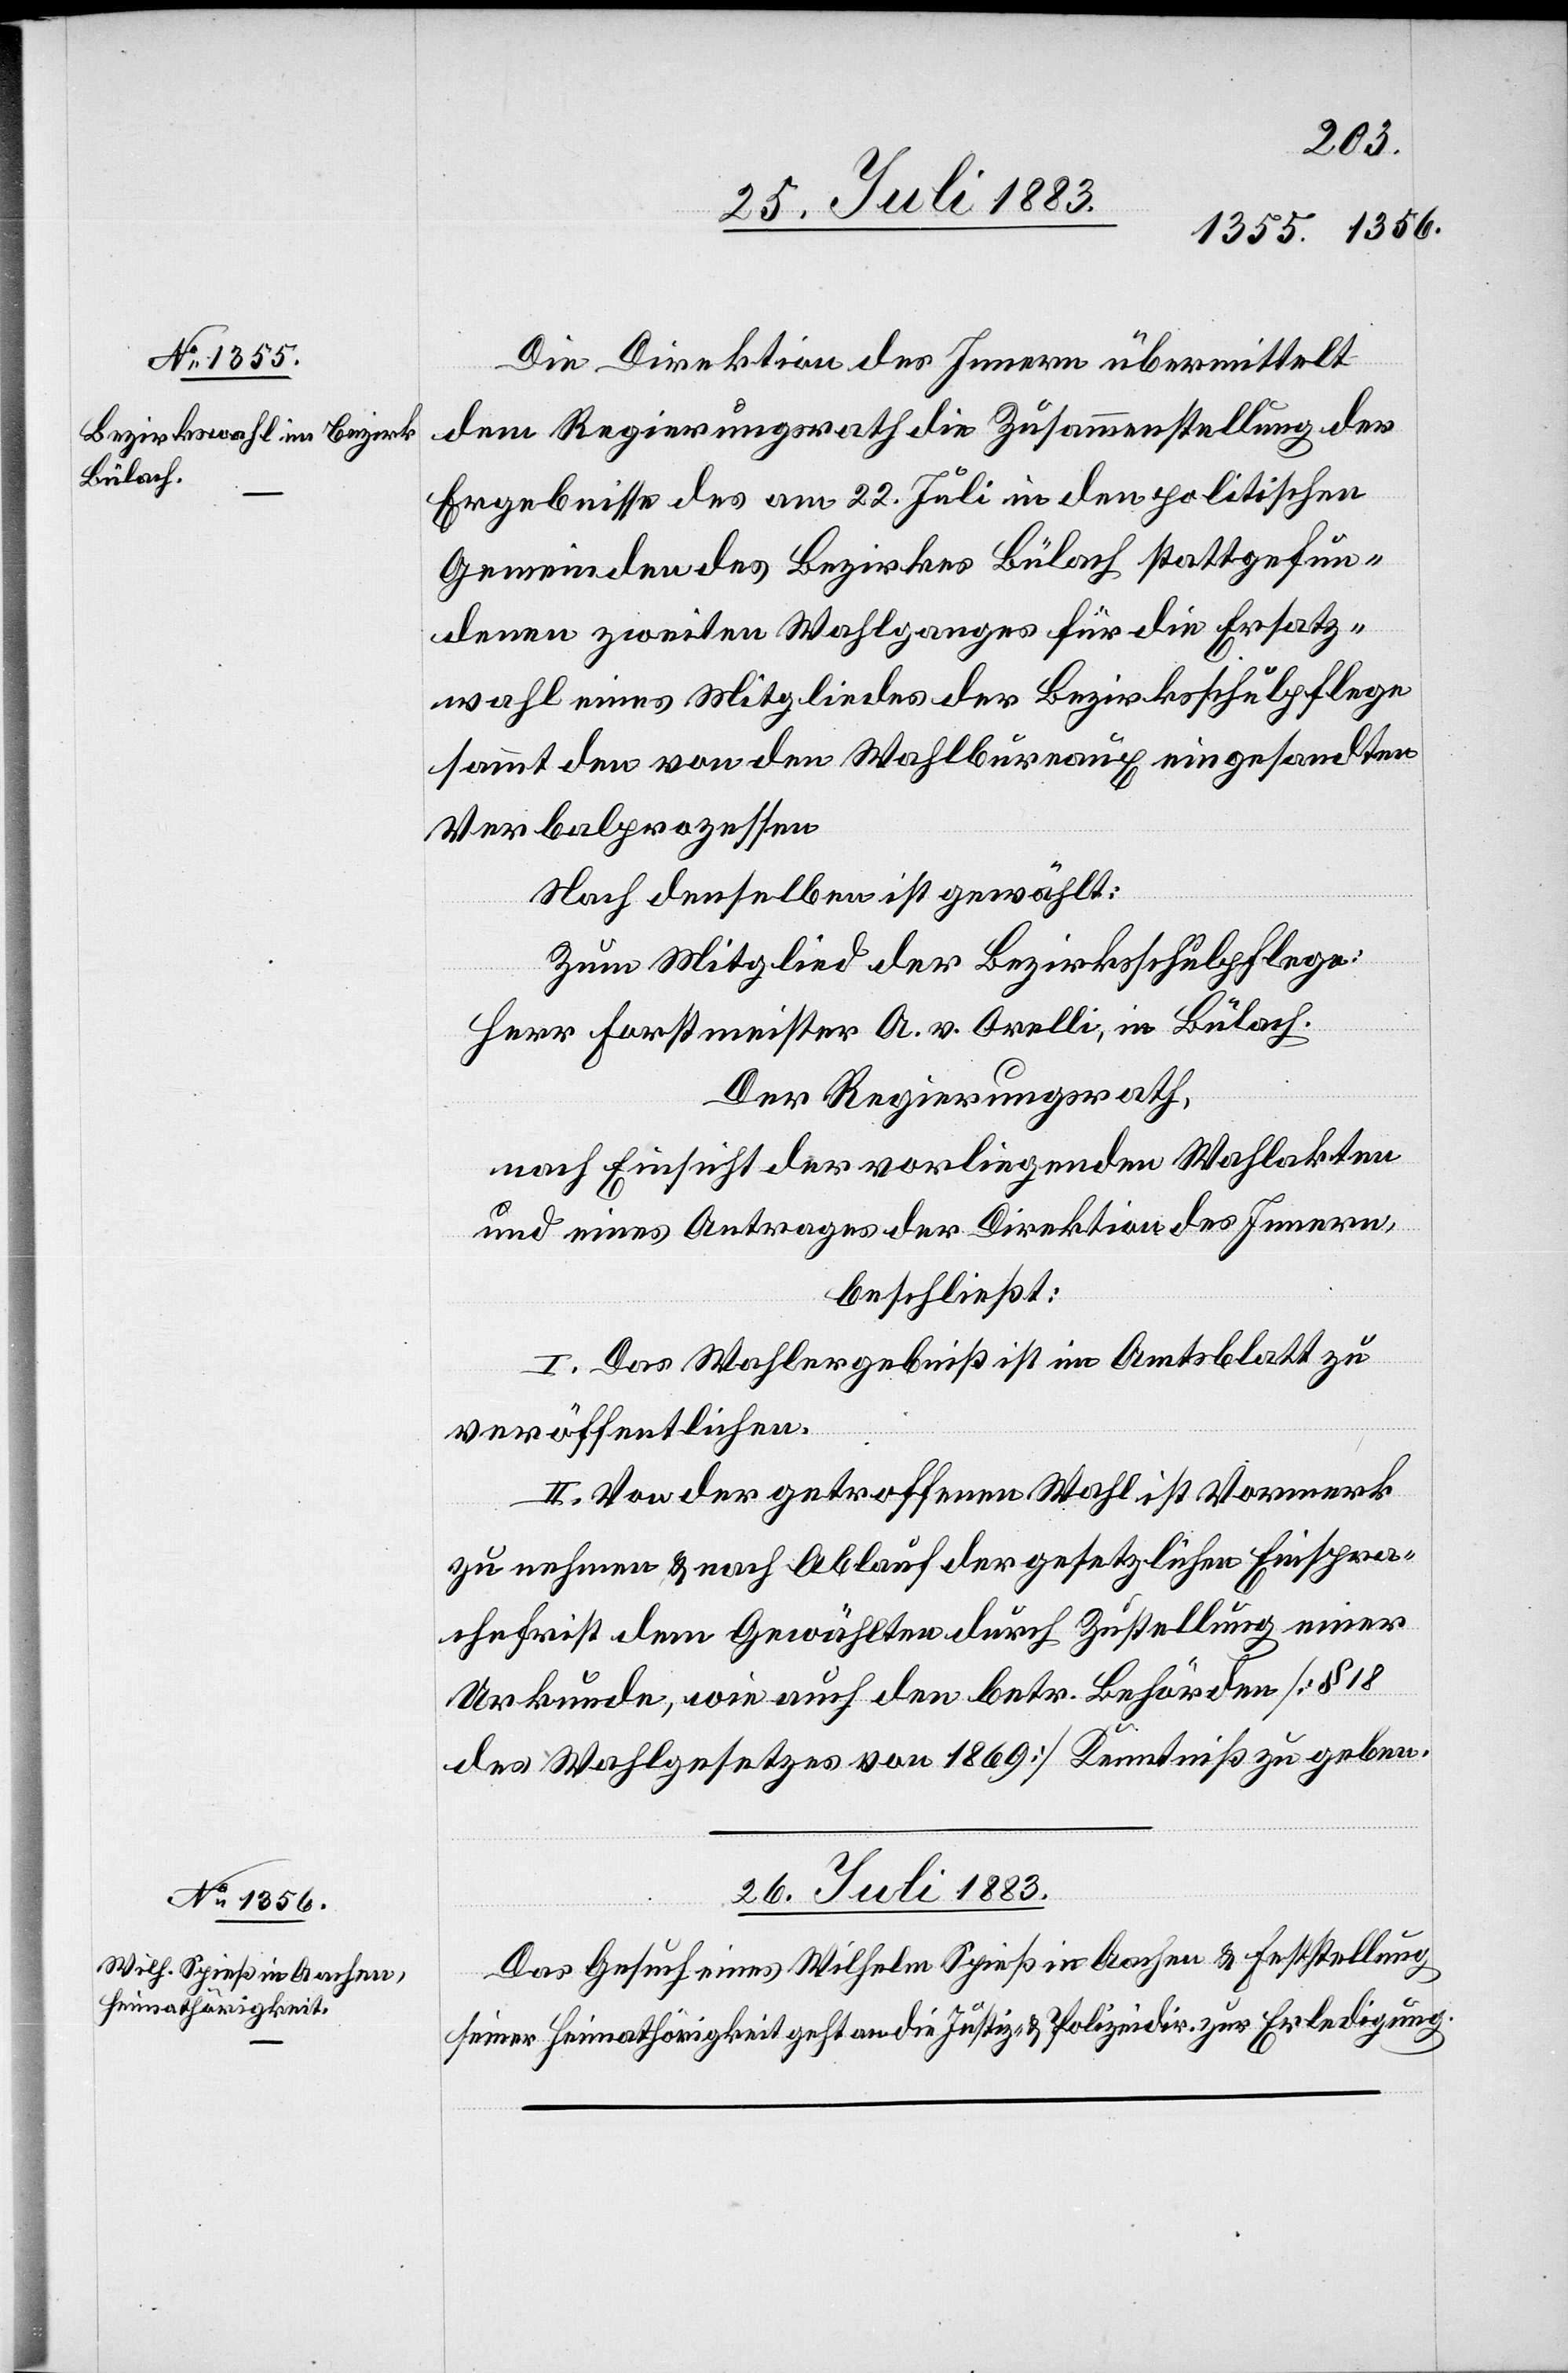
Die Direktion des Innern übermittelt
dem Regierungsrath die Zusammenstellung der
Ergebnisse des am 22. Juli in den politischen
Gemeinden des Bezirkes Bülach stattgefun¬
denen zweiten Wahlganges für die Ersatz¬
wahl eines Mitgliedes der Bezirksschulpflege
sammt den von den Wahlbureaux eingesandten
Verbalprozessen[.]
Nach denselben ist gewählt:
Zum Mitglied der Bezirksschulpflege:
Herr Forstmeister A. v. Orelli, in Bülach.
Der Regierungsrath,
nach Einsicht der vorliegenden Wahlakten
und eines Antrages der Direktion des Innern,
beschließt:
I. Das Wahlergebniß ist im Amtsblatt zu
veröffentlichen.
II. Von der getroffenen Wahl ist Vormerk
zu nehmen & nach Ablauf der gesetzlichen Einspra¬
chefrist dem Gewählten durch Zustellung einer
Urkunde, wie auch den betr. Behörden [§ 18
des Wahlgesetzes von 1869] Kenntniß zu geben.
26. Juli 1883.
Das Gesuch eines Wilhelm Schieß in Aachen & Feststellung
seiner Heimathörigkeit geht an die Justiz- & Polizeidir. zur Erledigung.